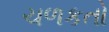
ચળકતો